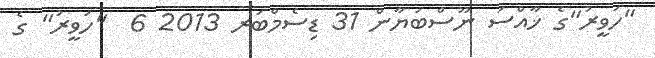
"ހަވީރު"ގެ ޚާއްސަ ނޫސްބަޔާން 31 ޑިސެމްބަރ 2013 6  "ހަވީރު" ގެ